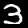
Label: 3